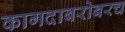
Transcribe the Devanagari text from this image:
कागदाबरोबरच